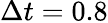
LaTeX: \Delta t=0.8